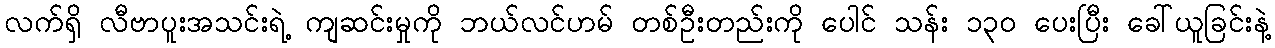
လက်ရှိ လီဗာပူးအသင်းရဲ့ ကျဆင်းမှုကို ဘယ်လင်ဟမ် တစ်ဦးတည်းကို ပေါင် သန်း ၁၃၀ ပေးပြီး ခေါ်ယူခြင်းနဲ့